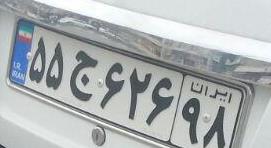
۵۵ج۶۲۶۹۸